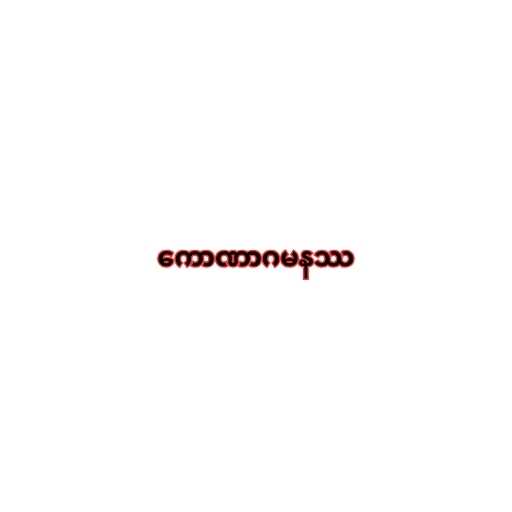
ကောဏာဂမနဿ